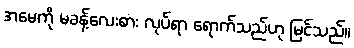
အမေကို မခန့်လေးစား လုပ်ရာ ရောက်သည်ဟု မြင်သည်။